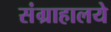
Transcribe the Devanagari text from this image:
संग्राहालये